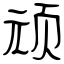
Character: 顽